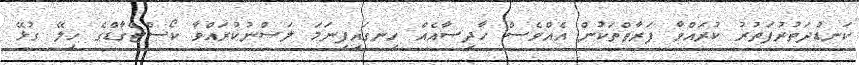
ކަނޑުދަތުރުފަތުރު ކުރައްވާ ފަރާތްތަކުން އެއްވެސް ހާދިސާއެއް ހިނގައިފިނަމަ ލަސްނުކުރައްވާ ކޯސްޓްގާޑްގެ ހިލޭ ގުޅޭ